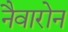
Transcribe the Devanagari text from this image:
नैवारोन